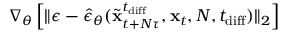
\nabla _ { \boldsymbol { \theta } } \left[ \lVert \epsilon - \hat { \epsilon } _ { \boldsymbol { \theta } } ( \widetilde { \mathbf { x } } _ { t + N \tau } ^ { t _ { \mathrm { d i f f } } } , \mathbf { x } _ { t } , N , t _ { \mathrm { d i f f } } ) \rVert _ { 2 } \right]